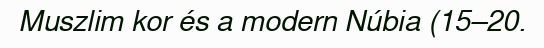
Muszlim kor és a modern Núbia (15–20.